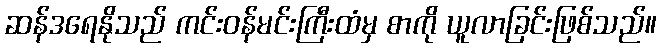
ဆန်ဒရေနိုသည် ကင်းဝန်မင်းကြီးထံမှ စာကို ယူလာခြင်းဖြစ်သည်။